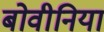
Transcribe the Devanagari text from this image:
बोवीनिया